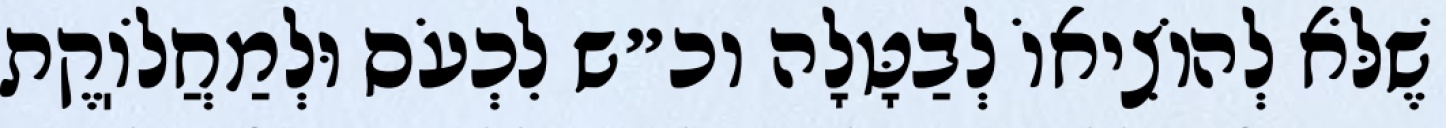
שֶׁלֹּא לְהוֹצִיאוֹ לְבַטָּלָה וכ״ש לִכְעֹס וּלְמַחֲלֹוֽקֶת